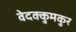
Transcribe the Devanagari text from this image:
वेदक्कुमकुर